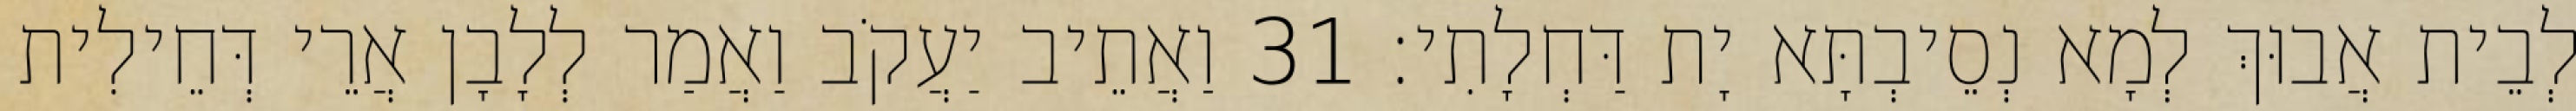
לְבֵית אֲבוּךְ לְמָא נְסֵיבְתָּא יָת דַּחְלָתִי׃ 31 וַאֲתֵיב יַעֲקֹב וַאֲמַר לְלָבָן אֲרֵי דְּחֵילִית